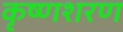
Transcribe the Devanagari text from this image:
कृष्णशरण